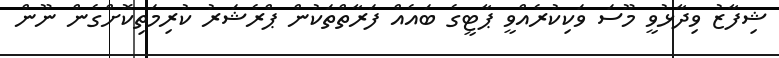
ޝިފާޒު ވިދާޅުވީ މޫސަ ވަކިކުރެއްވީ ޕާޓީގެ ބައެއް ފަރާތްތަކުން ޕްރެޝަރު ކުރިމަތިކޮށްގެން ނޫން